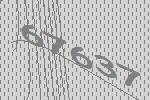
67637